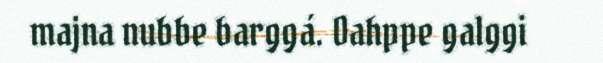
majna nubbe barggá. Oahppe galggi